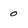
Character: 0